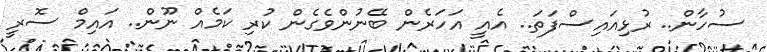
ސުހާން.. ރުޅިއައިސްފަތަ.. އެއީ އަހަރެން ބޭނުންވެގެން ކުރި ކަމެއް ނޫން.. އައިމް ސޮރީ